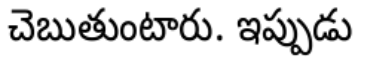
చెబుతుంటారు. ఇప్పుడు